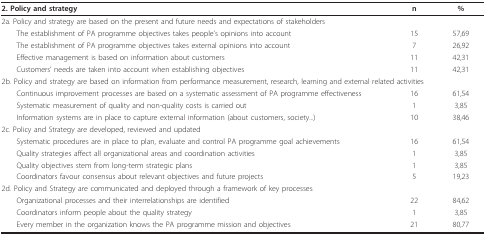
<table><thead><tr><td><b>2. Policy and strategy</b></td><td><b>n</b></td><td><b>%</b></td></tr></thead><tbody><tr><td>2a. Policy and strategy are based on the present and future needs and expectations of stakeholders</td><td></td><td></td></tr><tr><td> The establishment of PA programme objectives takes people&#x27;s opinions into account</td><td>15</td><td>57,69</td></tr><tr><td> The establishment of PA programme objectives takes external opinions into account</td><td>7</td><td>26,92</td></tr><tr><td> Effective management is based on information about customers</td><td>11</td><td>42,31</td></tr><tr><td> Customers&#x27; needs are taken into account when establishing objectives</td><td>11</td><td>42,31</td></tr><tr><td colspan="3">2b. Policy and strategy are based on information from performance measurement, research, learning and external related activities</td></tr><tr><td> Continuous improvement processes are based on a systematic assessment of PA programme effectiveness</td><td>16</td><td>61,54</td></tr><tr><td> Systematic measurement of quality and non-quality costs is carried out</td><td>1</td><td>3,85</td></tr><tr><td> Information systems are in place to capture external information (about customers, society...)</td><td>10</td><td>38,46</td></tr><tr><td>2c. Policy and Strategy are developed, reviewed and updated</td><td></td><td></td></tr><tr><td> Systematic procedures are in place to plan, evaluate and control PA programme goal achievements</td><td>16</td><td>61,54</td></tr><tr><td> Quality strategies affect all organizational areas and coordination activities</td><td>1</td><td>3,85</td></tr><tr><td> Quality objectives stem from long-term strategic plans</td><td>1</td><td>3,85</td></tr><tr><td> Coordinators favour consensus about relevant objectives and future projects</td><td>5</td><td>19,23</td></tr><tr><td>2d. Policy and Strategy are communicated and deployed through a framework of key processes</td><td></td><td></td></tr><tr><td> Organizational processes and their interrelationships are identified</td><td>22</td><td>84,62</td></tr><tr><td> Coordinators inform people about the quality strategy</td><td>1</td><td>3,85</td></tr><tr><td> Every member in the organization knows the PA programme mission and objectives</td><td>21</td><td>80,77</td></tr></tbody></table>